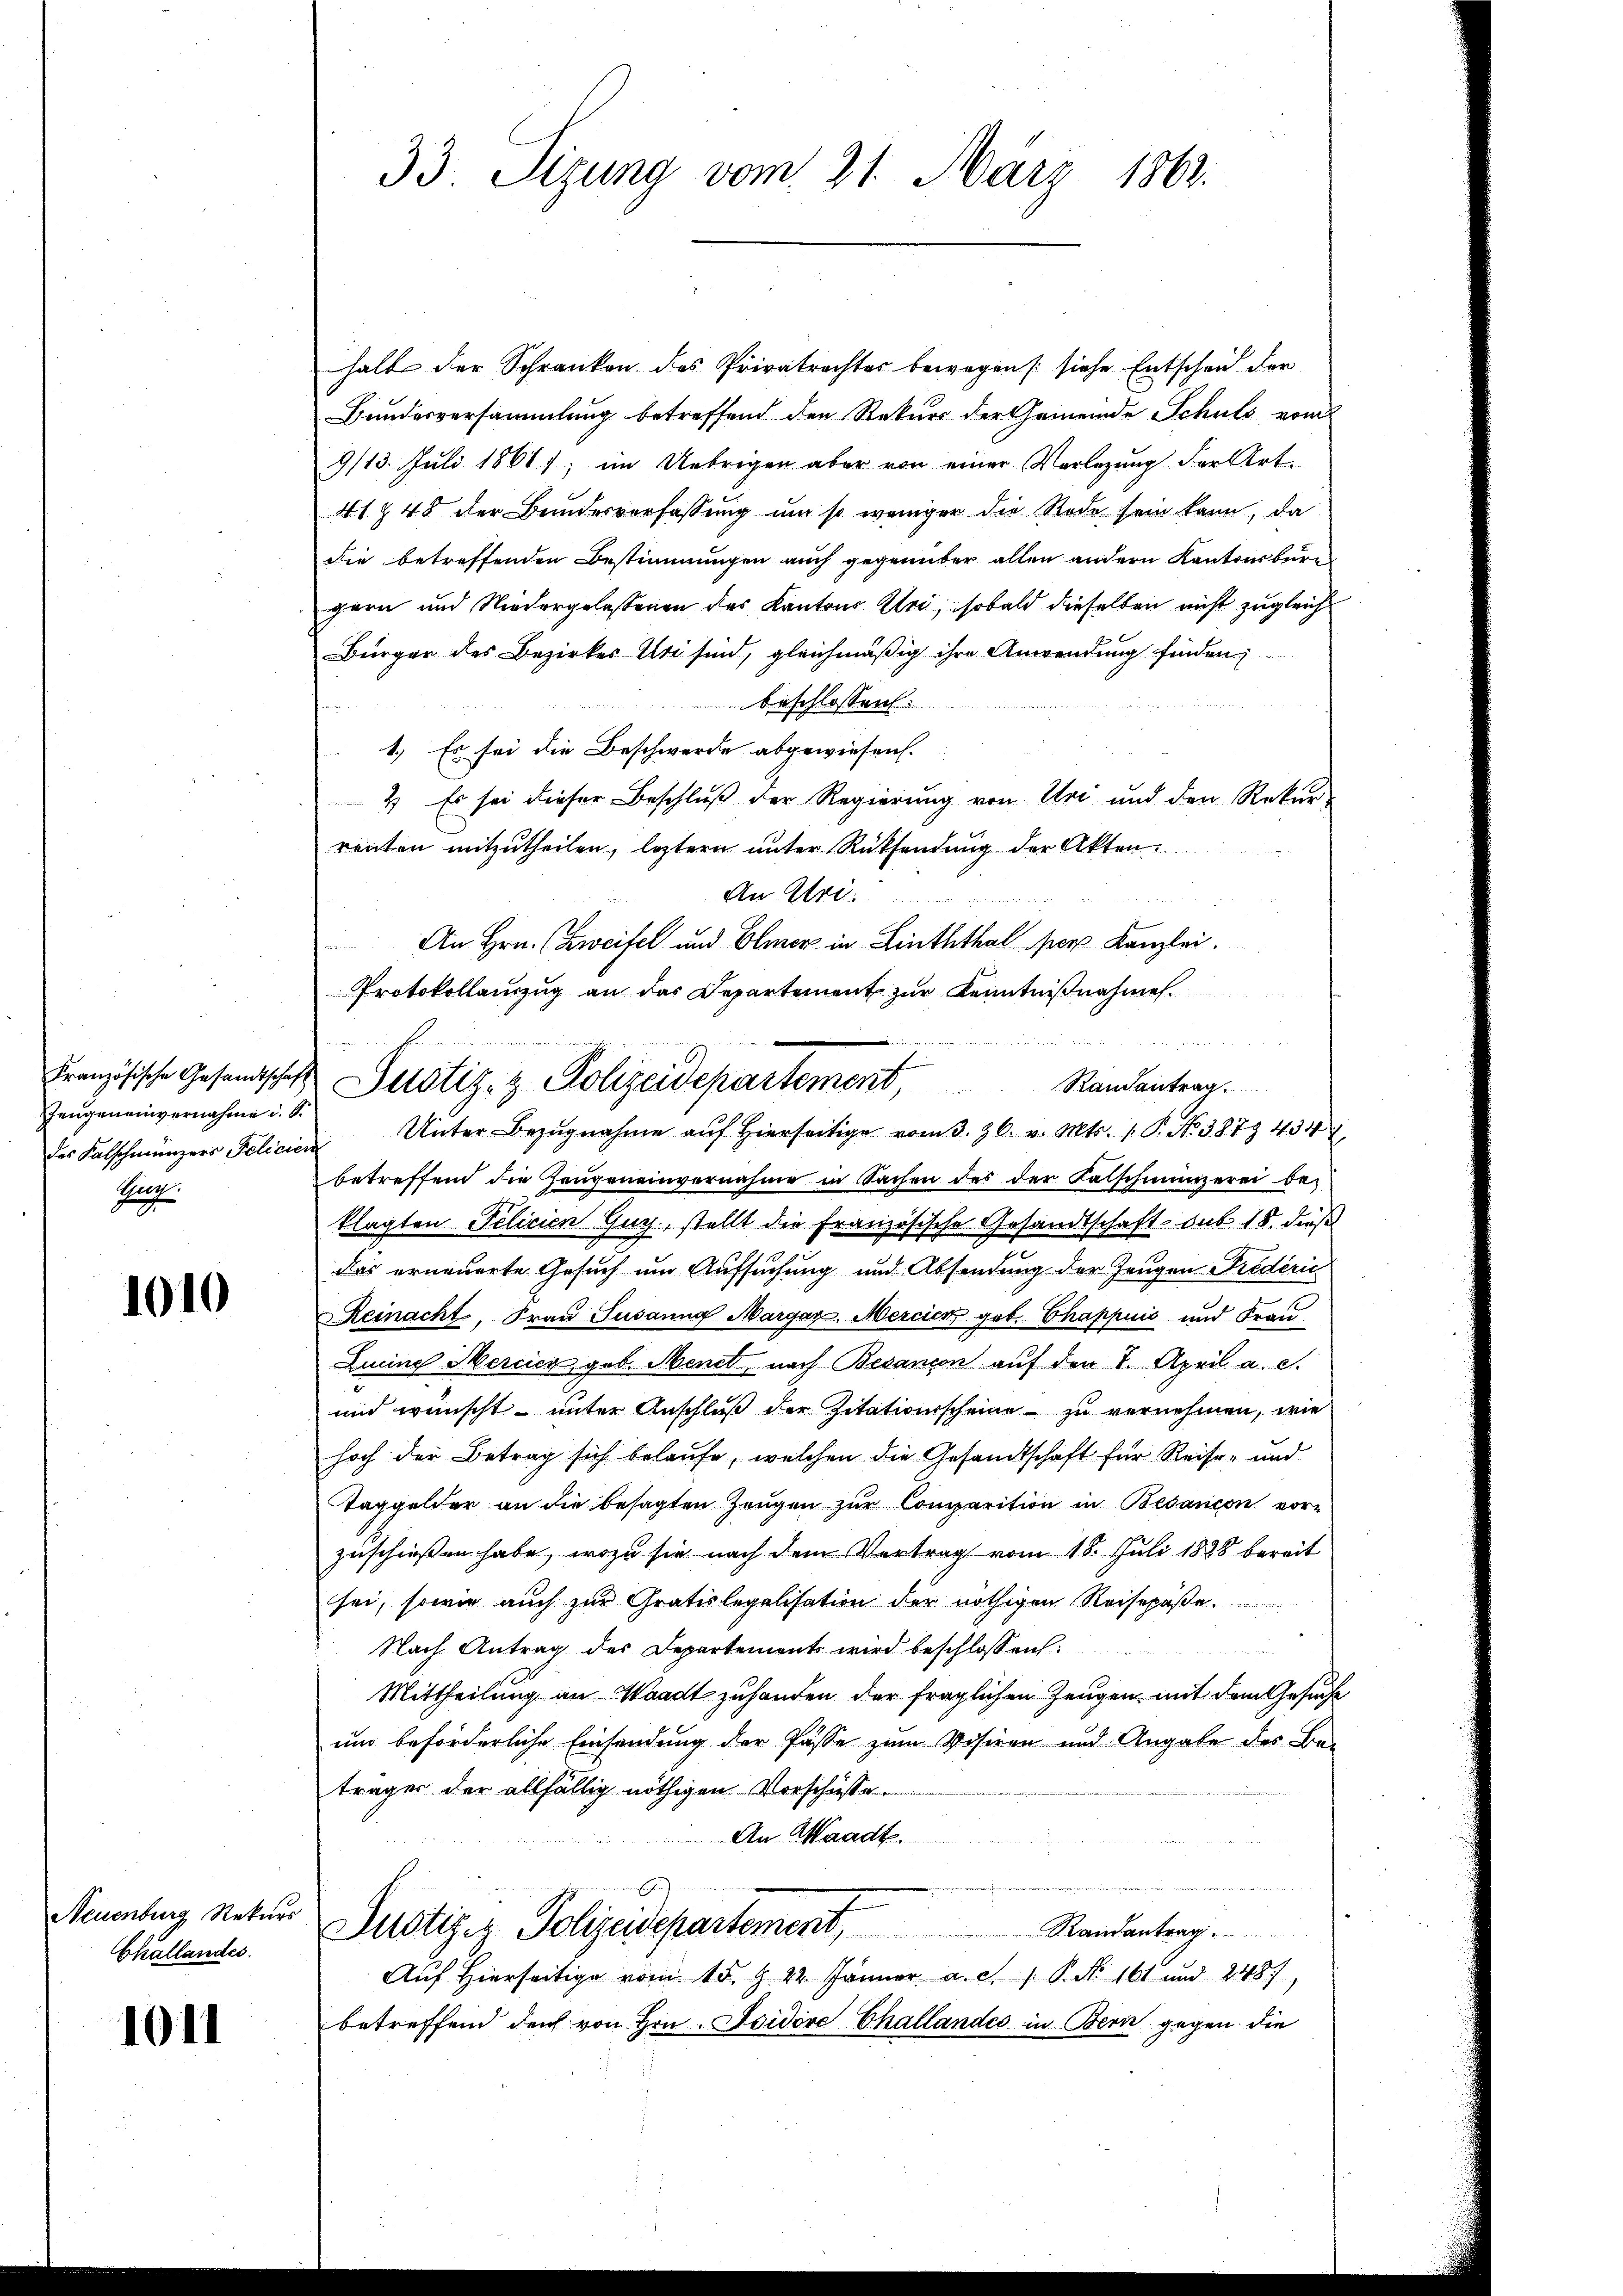
Zeugeneinvernahme u. 9.
des Falschmunzers Felicien
Pag.

1010

Neuenburg Rekurs
Challandes.

1011

33. Sizung vom 21. März 1863.

halb der Schranken des Privatrechtes bewegen /: siehe Entscheid. Der
Bundesversammlung betreffend den Rekurs der Gemeinde Schuls vom
9/13. Juli 1861); im Uebrigen aber von einer Verlegung der Art.
41 § 48 der Bundesverfassung um so weniger die Rede sein kann, da
die betreffenden Bestimmungen auch gegenüber allen andern Kantonsbüre
gern und Niedergelassenen des Kantons Klei, sobald dieselben nicht zugleich
Bürger des Bezirkes Uri sind, gleichmäßig ihre Anwendung finden
beschlossen:
1.) Es sei die Beschwerde abgewiesen.
2) Es sei dieser Beschluß der Regierung von Uri und den Rekur-
renten mitzutheilen, leztern unter Rücksendung der Akten.
An Uri.
An Hrn. (Zweifel und Elmer in Linththal per Kanzlei.
Randantrag
Unter Bezŭgnahme aŭf hierseitig vom 3. 30. v. Mts. 1. P. Nr. 327. 434
betreffend die Zeugeneinvernahme in Sachen des der Falschmünzerei be-
klagten Pelicien Gug., stellt die Französische Gesandtschaft sub. 18. dieß
das erneuerte Gesuch um Aufsuchung und Absendung der Zeugen Fredérić
Reinacht, Frau Susanna Margar. Mercier geb. Chappuis und Frau
Leine Mercier, geb. Menet, nach Besançon auf den 7. April a. c.
und wünscht unter Anschluß der Zitationsscheine zu vernehmen, wie
hoch der Betrag sich belaufe, welchen die Gesandtschaft für Reise- und
Taggelder an die besagten Zeugen zur Comparition in Bedancon vorzuschießen habe, wozu sie nach dem Vertrag vom 18. Juli 1828 bereit
sei, sowie auch zur Gratis legalisation der nöthigen Reisepäße
Nach Antrag des Departements wird beschlossen
Mittheilung an Waadt zuhanden der fraglichen Zeugen, mit dem Gesuche
und beförderliche Einsendung der Pässe zum Vosiren und Angabe des Be-
träger der allfällig nöthigen Vorschüsse.
An Waadt.
Justiz & Polizeidepartement Standentrag.
Auf Hierseitige vom 15. d. 22. Jänner a. c. 1 P. Nr. 161 und 248),
betreffend durch von Hrn. Isidore Challandes in Bern gegen die

Protokollauszug an das Departement zur Kenntnißnahmen.
Französische Gesandschaft Justiz- & Polizeidepartement,